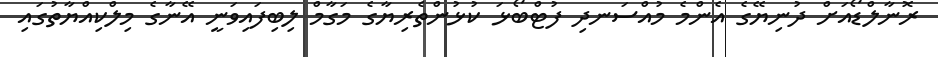
ރޮނާލްޑޯއަށް ދުނިޔޭގެ އެންމެ މުއްސަނދި ފުޓްބޯޅަ ކުޅުންތެރިޔާގެ މަގާމް ލިބިފައިވަނީ އޭނާގެ މިލްކިއްޔާތުގައި